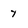
Character: 7